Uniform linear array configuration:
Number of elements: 48
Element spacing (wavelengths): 0.25
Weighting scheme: hann
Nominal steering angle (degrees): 30
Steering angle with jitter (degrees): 30.89
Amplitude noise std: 0.05
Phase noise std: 0.05

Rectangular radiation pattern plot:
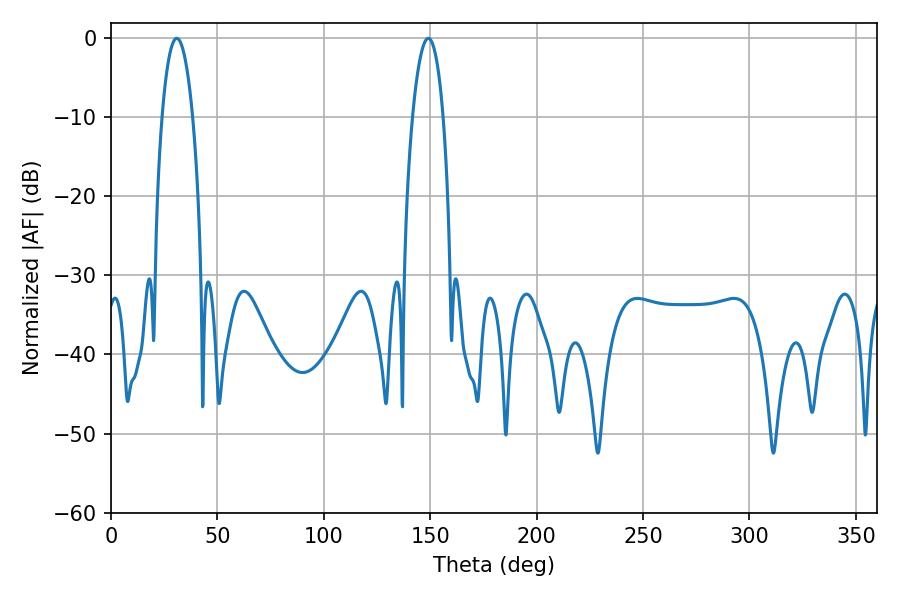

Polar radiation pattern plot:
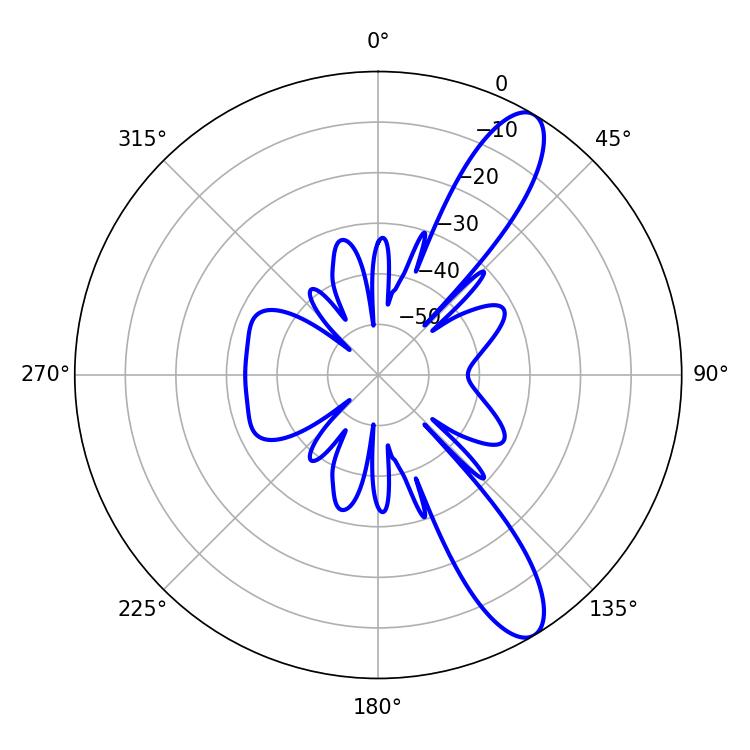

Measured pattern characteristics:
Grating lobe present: FALSE
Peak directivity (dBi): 11.137
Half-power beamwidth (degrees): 7.92
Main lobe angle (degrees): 149.04